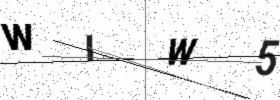
Text: WIW5